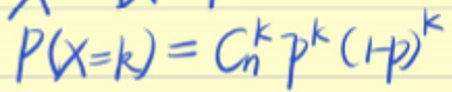
$P(X = k)=C_{n}^{k}p^{k}(1-p)^{k}$